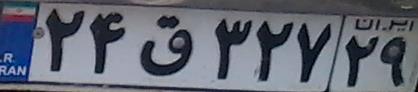
۲۴ق۳۲۷۲۹